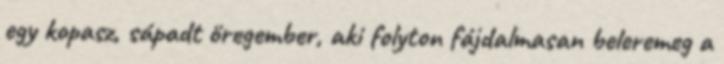
egy kopasz, sápadt öregember, aki folyton fájdalmasan beleremeg a